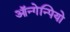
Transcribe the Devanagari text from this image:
ऑन्गेन्पियो